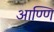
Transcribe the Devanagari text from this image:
आण्णि